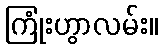
ကြုံးဟွာလမ်း။